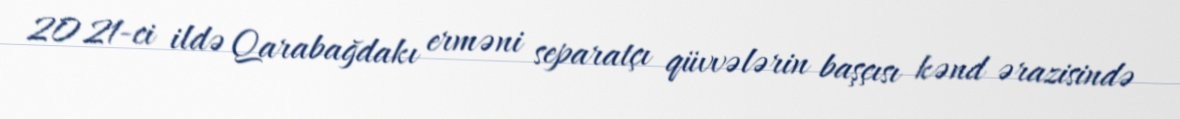
2021-ci ildə Qarabağdakı erməni separatçı qüvvələrin başçısı kənd ərazisində